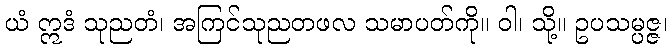
ယံ ဣဒံ သုညတံ၊ အကြင်သုညတဖလ သမာပတ်ကို။ ဝါ၊ သို့။ ဥပသမ္ပဇ္ဇ၊